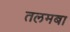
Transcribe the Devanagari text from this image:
तलमबा